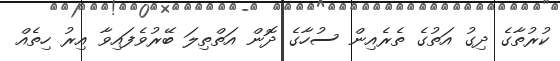
ކުރުތާގެ ދިގު އަތުގެ ތެރެއިން ސުހާގެ ދޮން އަތްތިލަ ބޭރުވެފައިވާ އިރު ހިތެއް